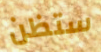
ستظن